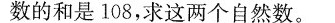
数的和是108，求这两个自然数。